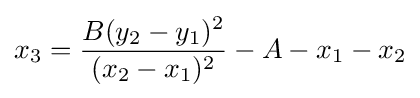
x_{3}={\frac {B(y_{2}-y_{1})^{2}}{(x_{2}-x_{1})^{2}}}-A-x_{1}-x_{2}